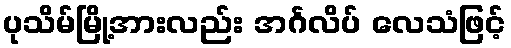
ပုသိမ်မြို့အားလည်း အင်္ဂလိပ် လေသံဖြင့်